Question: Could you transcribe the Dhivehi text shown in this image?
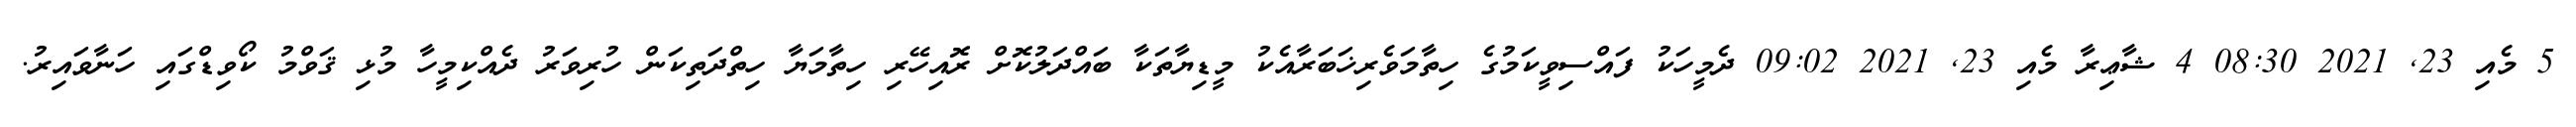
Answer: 5 މެއި 23, 2021 08:30 4 ޝާޢިރާ މެއި 23, 2021 09:02 ދެމީހަކު ފައްސިވީކަމުގެ ހިތާމަވެރިޚަބަރާއެކު މީޑިޔާތަކާ ބައްދަލުކޮށް ރޮއިހޭރި ހިތާމަޔާ ހިތްދަތިކަން ހުރިވަރު ދެއްކިމީހާ މުޅި ޤަވްމު ކޯވިޑްގައި ހަނާވައިރު.